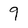
Character: 9